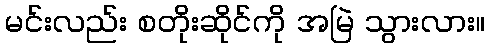
မင်းလည်း စတိုးဆိုင်ကို အမြဲ သွားလား။